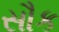
સૌક